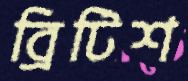
ব্রিটিশ